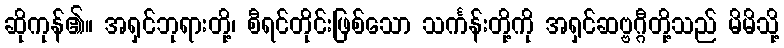
ဆိုကုန်၏။ အရှင်ဘုရားတို့၊ စီရင်တိုင်းဖြစ်သော သင်္ကန်းတို့ကို အရှင်ဆဗ္ဗဂ္ဂီတို့သည် မိမိသို့